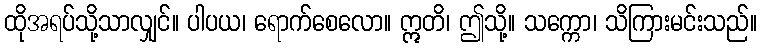
ထိုအရပ်သို့သာလျှင်။ ပါပယ၊ ရောက်စေလော။ ဣတိ၊ ဤသို့။ သက္ကော၊ သိကြားမင်းသည်။